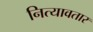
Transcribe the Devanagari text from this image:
नित्यावतार